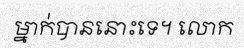
ម្នាក់បាននោះទេ។ លោក